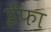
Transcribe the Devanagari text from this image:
ईफा